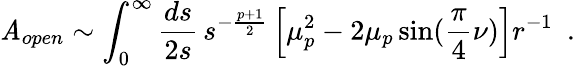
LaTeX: {\cal\mathit{A}}_{open}\sim\int_{0}^{\infty}{\frac{{ds}}{{2s}}}\, s^{-{\frac{{p+1}}{{2}}}}\left[\mu_{p}^{2}-2\mu_{p}\sin({\frac{{\pi}}{{4}}}\nu)\right]r^{-1}~~.